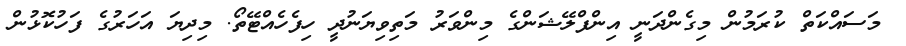
މަސައްކަތް ކުރަމުން މިގެންދަނީ އިންފްލޭޝަންގެ މިންވަރު މަތިވިޔަނުދީ ހިފެހެއްޓޭތޯ. މިދިޔަ އަހަރުގެ ފަހުކޮޅުން